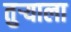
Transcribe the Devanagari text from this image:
तुर्‍याला